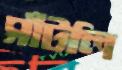
সাঁটলি